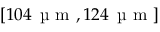
[ 1 0 4 \, \mathrm { ~ \textmu ~ m ~ } , 1 2 4 \, \mathrm { ~ \textmu ~ m ~ } ]